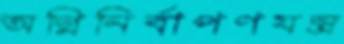
অগ্নিনির্বাপণযন্ত্র